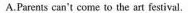
A.Parents can't come to the art festival.